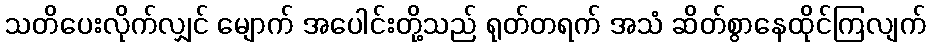
သတိပေးလိုက်လျှင် မျောက် အပေါင်းတို့သည် ရုတ်တရက် အသံ ဆိတ်စွာနေထိုင်ကြလျက်